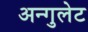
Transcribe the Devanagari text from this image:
अन्गुलेट